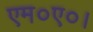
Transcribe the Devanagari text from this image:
एम०ए०।